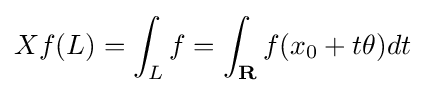
Xf(L)=\int _{L}f=\int _{\mathbf {R} }f(x_{0}+t\theta )dt